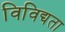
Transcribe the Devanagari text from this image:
विविद्यता